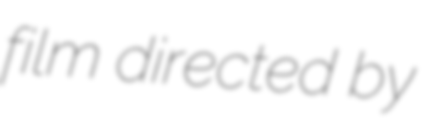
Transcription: film directed by